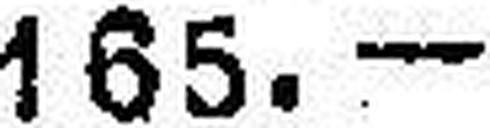
165.—